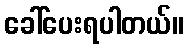
ခေါ်ပေးရပါတယ်။